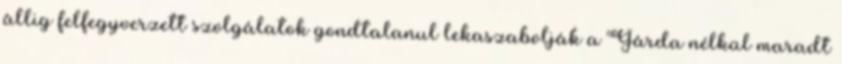
állig felfegyverzett szol­gálatok gondta­la­nul lekasza­bol­ják a Gárda nélkül maradt